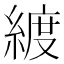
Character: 𦂀